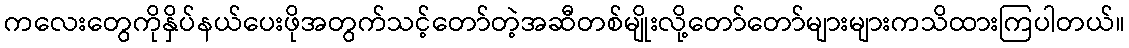
ကလေးတွေကိုနှိပ်နယ်ပေးဖိုအတွက်သင့်တော်တဲ့အဆီတစ်မျိုးလို့တော်တော်များများကသိထားကြပါတယ်။